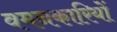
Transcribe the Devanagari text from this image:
वमनकारियों